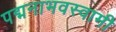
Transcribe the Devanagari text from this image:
पद्मनाभवस्वामी